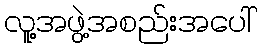
လူ့အဖွဲ့အစည်းအပေါ်